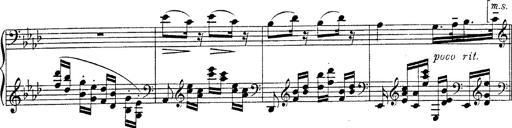
Title: Fantasie Ã¼ber Themen aus Mozarts Figaro und Don Giovanni
Composer: Franz Liszt